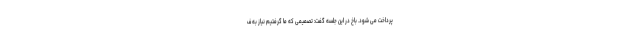
پرداخت می شود. باخ در این جلسه گفت: تصمیمی که ما گرفتیم نیاز به ف